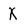
Character: X